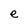
Character: e